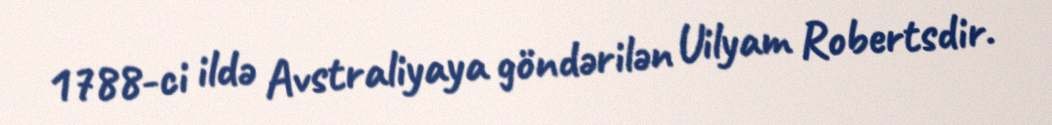
1788-ci ildə Avstraliyaya göndərilən Uilyam Robertsdir.